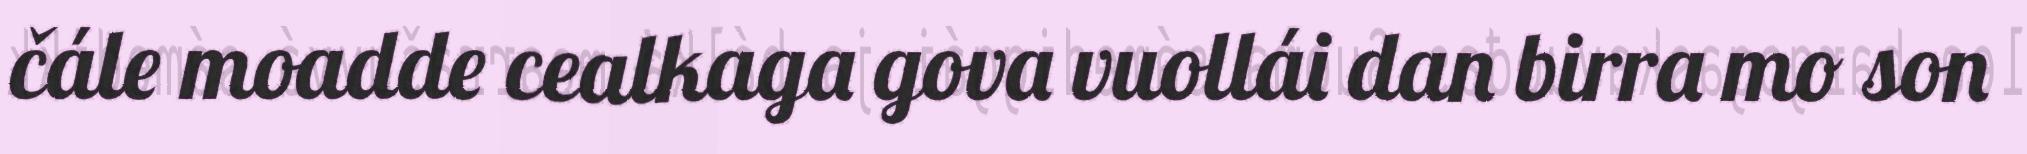
čále moadde cealkaga gova vuollái dan birra mo son